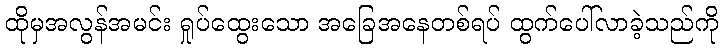
ထိုမှအလွန်အမင်း ရှုပ်ထွေးသော အခြေအနေတစ်ရပ် ထွက်ပေါ်လာခဲ့သည်ကို